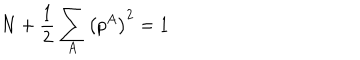
LaTeX: N + \frac { 1 } { 2 } \sum _ { A } \left( p ^ { A } \right) ^ { 2 } = 1